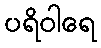
ပရိဝါရေ